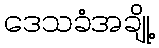
ဒေသခံအချို့